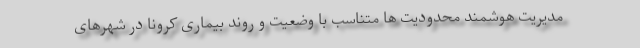
مدیریت هوشمند محدودیت ها متناسب با وضعیت و روند بیماری کرونا در شهرهای